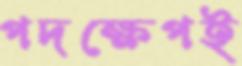
পদক্ষেপই